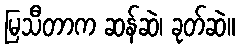
မြသီတာက ဆန်ဆဲ၊ ခုတ်ဆဲ။